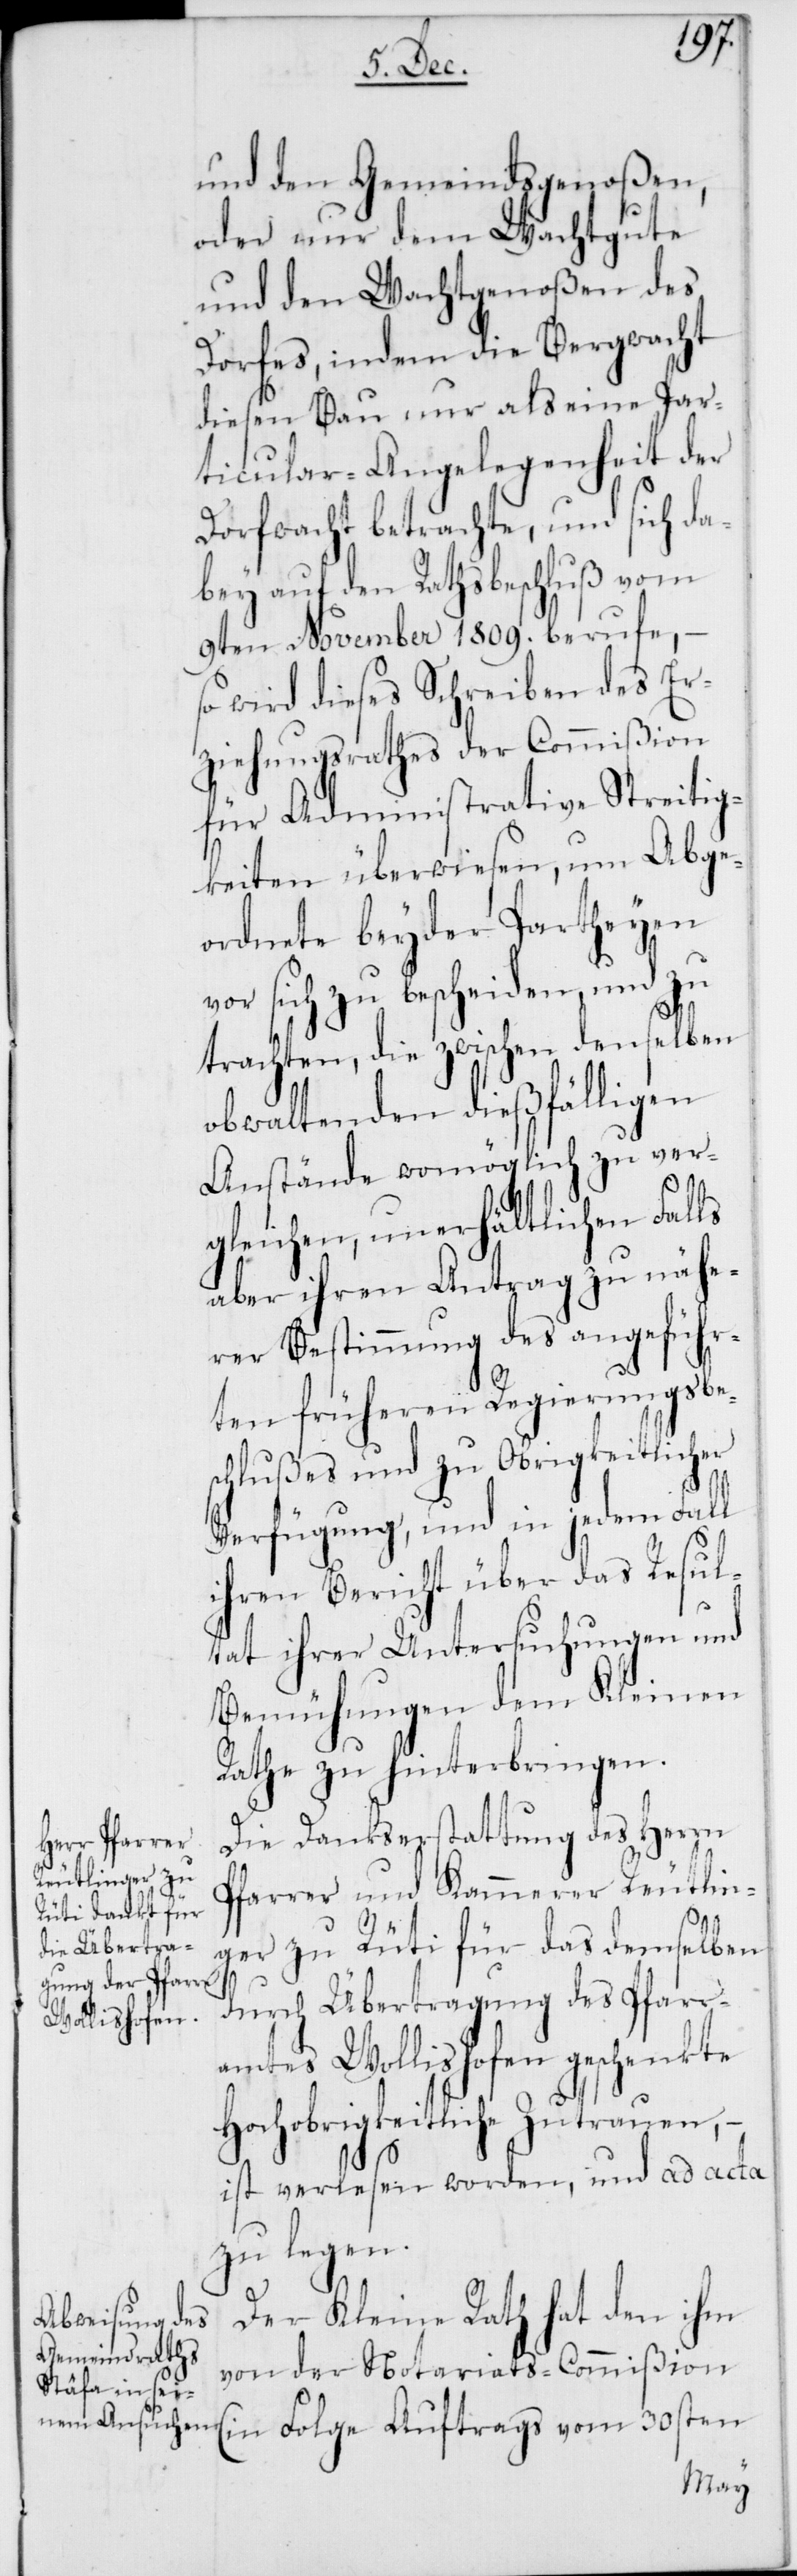
und den Gemeindsgenoßen,
oder nur dem Wachtgute
und den Wachtgenoßen des
Dorfes, indem die Bergwacht
diesen Bau nur als eine Par¬
ticular-Angelegenheit der
Dorfwacht betrachte, und sich da¬
bey auf den Rathsbeschluß vom
9ten November 1809. berufe, –
so wird dieses Schreiben des Er¬
ziehungsrathes der Commißion
für Administrative Streitig¬
keiten überwiesen, um Abge¬
ordnete beyder Partheyen
vor sich zu bescheiden, und zu
trachten, die zwischen denselben
obwaltenden dießfälligen
Anstände womöglich zu ver¬
gleichen, unerhältlichen Falls
aber ihren Antrag zu nähe¬
rer Bestimmung des angeführ¬
ten früheren Regierungsbes¬
chlußes und zu Obrigkeitlicher
Verfügung, und in jedem Fall
ihren Bericht über das Resul¬
tat ihrer Untersuchungen und
Bemühungen dem Kleinen
Rathe zu hinterbringen.
Die Dankserstattung des Herrn
Pfarrer und Kammerer Reutlin¬
ger zu Rüti für das demselben
durch Übertragung des Pfarr¬
amtes Wollishofen geschenkte
Hochobrigkeitliche Zutrauen, –
ist verlesen worden, und ad acta
zu legen.
Der Kleine Rath hat den ihm
von der Notariats-Commißion